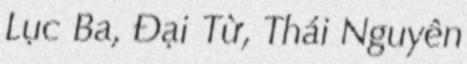
Lục Ba, Đại Từ, Thái Nguyên